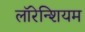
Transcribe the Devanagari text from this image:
लॉरेन्शियम